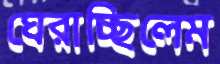
ঘেরাচ্ছিলেম